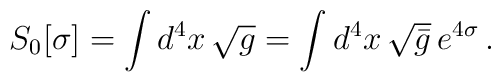
S_0 [\sigma] = \int d^4 x\,\sqrt{g} = \int d^4 x\, \sqrt{\bar g}\,e^{4\sigma}\,.